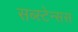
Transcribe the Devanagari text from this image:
सब्स्टेन्सस